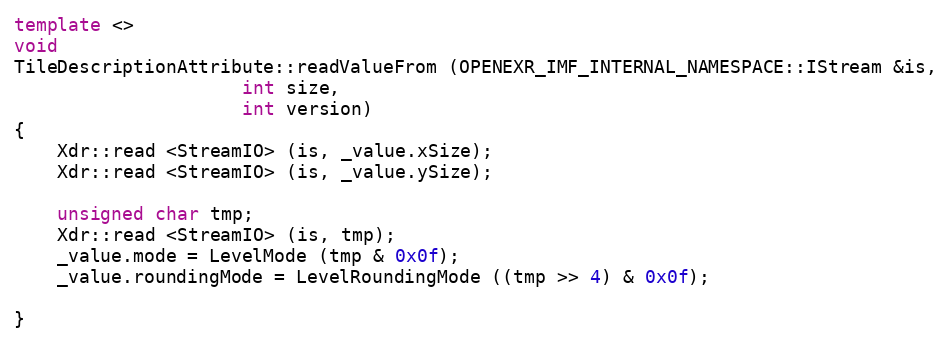
Language: C++
template <>
void
TileDescriptionAttribute::readValueFrom (OPENEXR_IMF_INTERNAL_NAMESPACE::IStream &is,
					 int size,
					 int version)
{
    Xdr::read <StreamIO> (is, _value.xSize);
    Xdr::read <StreamIO> (is, _value.ySize);

    unsigned char tmp;
    Xdr::read <StreamIO> (is, tmp);
    _value.mode = LevelMode (tmp & 0x0f);
    _value.roundingMode = LevelRoundingMode ((tmp >> 4) & 0x0f);

}